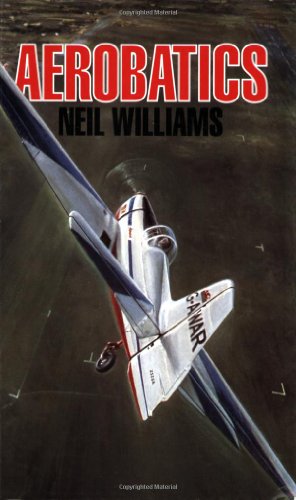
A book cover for Aerobatics; Neil Williams; Sports & Outdoors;